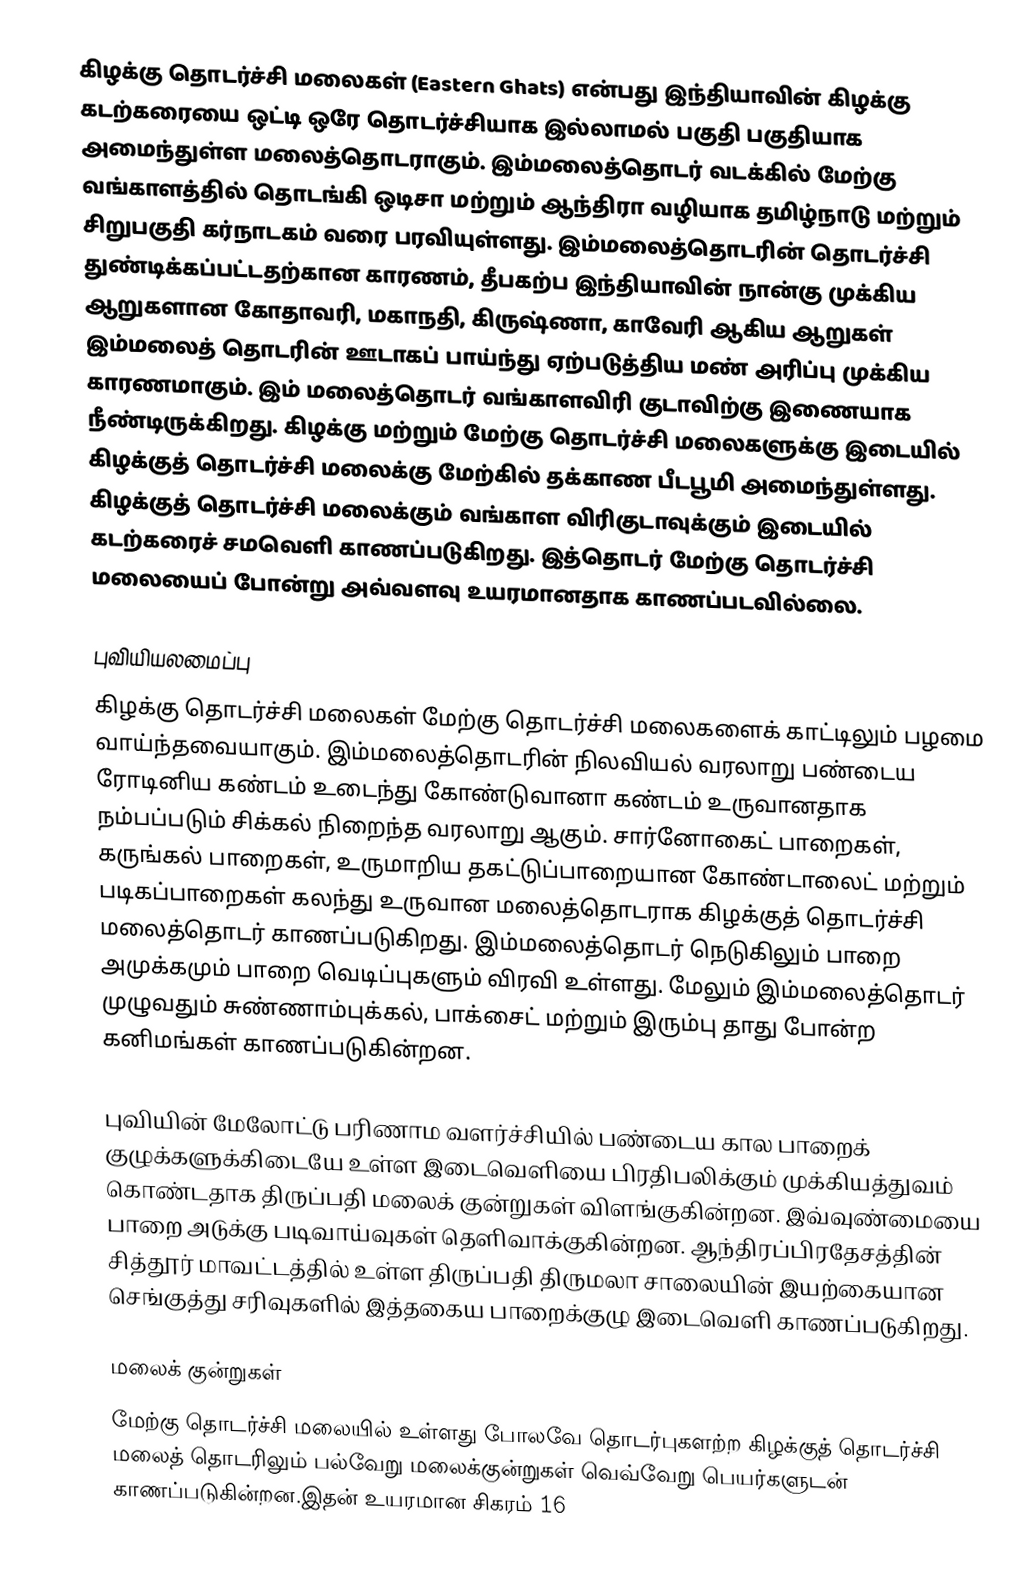
கிழக்கு தொடர்ச்சி மலைகள் (Eastern Ghats) என்பது இந்தியாவின் கிழக்கு கடற்கரையை ஒட்டி ஒரே தொடர்ச்சியாக இல்லாமல் பகுதி பகுதியாக அமைந்துள்ள மலைத்தொடராகும். இம்மலைத்தொடர் வடக்கில் மேற்கு வங்காளத்தில் தொடங்கி ஒடிசா மற்றும் ஆந்திரா வழியாக தமிழ்நாடு மற்றும் சிறுபகுதி கர்நாடகம் வரை பரவியுள்ளது. இம்மலைத்தொடரின் தொடர்ச்சி துண்டிக்கப்பட்டதற்கான காரணம், தீபகற்ப இந்தியாவின் நான்கு முக்கிய ஆறுகளான கோதாவரி, மகாநதி, கிருஷ்ணா, காவேரி ஆகிய ஆறுகள் இம்மலைத் தொடரின் ஊடாகப் பாய்ந்து ஏற்படுத்திய மண் அரிப்பு முக்கிய காரணமாகும். இம் மலைத்தொடர் வங்காளவிரி குடாவிற்கு இணையாக நீண்டிருக்கிறது. கிழக்கு மற்றும் மேற்கு தொடர்ச்சி மலைகளுக்கு இடையில் கிழக்குத் தொடர்ச்சி மலைக்கு மேற்கில் தக்காண பீடபூமி அமைந்துள்ளது. கிழக்குத் தொடர்ச்சி மலைக்கும் வங்காள விரிகுடாவுக்கும் இடையில் கடற்கரைச் சமவெளி காணப்படுகிறது. இத்தொடர் மேற்கு தொடர்ச்சி மலையைப் போன்று அவ்வளவு உயரமானதாக காணப்படவில்லை.

புவியியலமைப்பு
கிழக்கு தொடர்ச்சி மலைகள் மேற்கு தொடர்ச்சி மலைகளைக் காட்டிலும் பழமை வாய்ந்தவையாகும். இம்மலைத்தொடரின் நிலவியல் வரலாறு பண்டைய ரோடினிய கண்டம் உடைந்து கோண்டுவானா கண்டம் உருவானதாக நம்பப்படும் சிக்கல் நிறைந்த வரலாறு ஆகும். சார்னோகைட் பாறைகள், கருங்கல் பாறைகள், உருமாறிய தகட்டுப்பாறையான கோண்டாலைட்  மற்றும் படிகப்பாறைகள் கலந்து உருவான மலைத்தொடராக கிழக்குத் தொடர்ச்சி மலைத்தொடர் காணப்படுகிறது. இம்மலைத்தொடர் நெடுகிலும் பாறை அமுக்கமும் பாறை வெடிப்புகளும் விரவி உள்ளது. மேலும் இம்மலைத்தொடர் முழுவதும் சுண்ணாம்புக்கல், பாக்சைட் மற்றும் இரும்பு தாது போன்ற கனிமங்கள் காணப்படுகின்றன.

புவியின் மேலோட்டு பரிணாம வளர்ச்சியில் பண்டைய கால பாறைக் குழுக்களுக்கிடையே உள்ள இடைவெளியை பிரதிபலிக்கும் முக்கியத்துவம் கொண்டதாக திருப்பதி மலைக் குன்றுகள் விளங்குகின்றன. இவ்வுண்மையை பாறை அடுக்கு படிவாய்வுகள் தெளிவாக்குகின்றன. ஆந்திரப்பிரதேசத்தின் சித்தூர் மாவட்டத்தில் உள்ள திருப்பதி திருமலா சாலையின் இயற்கையான செங்குத்து சரிவுகளில் இத்தகைய பாறைக்குழு இடைவெளி காணப்படுகிறது.

மலைக் குன்றுகள்
மேற்கு தொடர்ச்சி மலையில் உள்ளது போலவே தொடர்புகளற்ற கிழக்குத் தொடர்ச்சி மலைத் தொடரிலும் பல்வேறு மலைக்குன்றுகள் வெவ்வேறு பெயர்களுடன் காணப்படுகின்றன.இதன் உயரமான சிகரம் 16